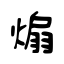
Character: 煽